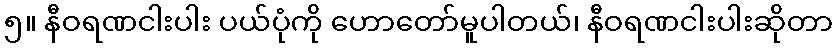
၅။ နီဝရဏငါးပါး ပယ်ပုံကို ဟောတော်မူပါတယ်၊ နီဝရဏငါးပါးဆိုတာ